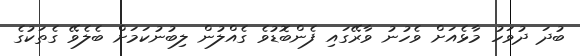
ބުދަ ދުވަހު މާޅެއަށް ވެހުނު ވާރޭގައި ފެންބޮޑުވެ ގެއްލުން ލިބުނުކަމަށް ބެލެވޭ ގެތަކުގެ